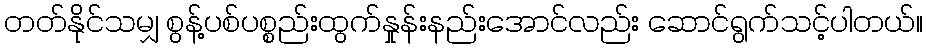
တတ်နိုင်သမျှ စွန့်ပစ်ပစ္စည်းထွက်နှုန်းနည်းအောင်လည်း ဆောင်ရွက်သင့်ပါတယ်။